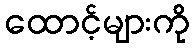
ထောင့်များကို